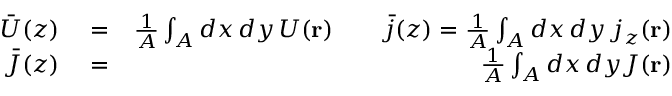
\begin{array} { r l r } { \bar { U } ( z ) } & { { } = } & { \frac { 1 } { A } \int _ { A } d x \, d y \, U ( { \bf r } ) \qquad \bar { j } ( z ) = \frac { 1 } { A } \int _ { A } d x \, d y \, j _ { z } ( { \bf r } ) } \\ { \bar { \cal J } ( z ) } & { { } = } & { \frac { 1 } { A } \int _ { A } d x \, d y { \cal J } ( { \bf r } ) } \end{array}